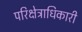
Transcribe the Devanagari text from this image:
परिक्षेत्राधिकारी